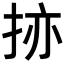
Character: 𫼬